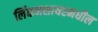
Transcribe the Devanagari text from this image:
लिंकनशायरमधील